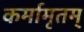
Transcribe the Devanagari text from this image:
कर्मामृतम्